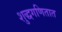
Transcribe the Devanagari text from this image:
शुद्धगणितात